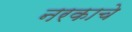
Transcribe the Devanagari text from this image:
नरकाचे